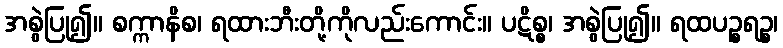
အစွဲပြု၍။ စက္ကာနိစ၊ ရထားဘီးတို့ကိုလည်းကောင်း။ ပဋိစ္စ၊ အစွဲပြု၍။ ရထပဉ္စရဉ္စ၊